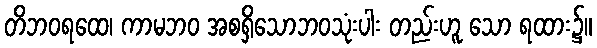
တိဘဝရထေ၊ ကာမဘဝ အစရှိသောဘဝသုံးပါး တည်းဟူ သော ရထား၌။